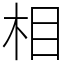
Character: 相